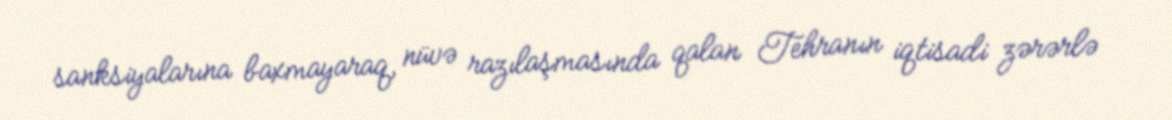
sanksiyalarına baxmayaraq, nüvə razılaşmasında qalan Tehranın iqtisadi zərərlə